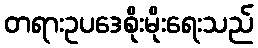
တရားဥပဒေစိုးမိုးရေးသည်